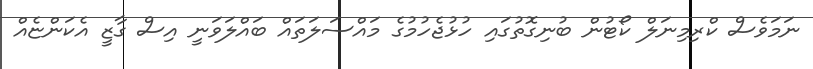
ނަމަވެސް ކްރިމިނަލް ކޯޓުން ބުނިގޮތުގައި ހުޅުޖެހުމުގެ މައްސަލަތައް ބައްލަވަނީ އިސް ގާޒީ އެކަންޏެއް